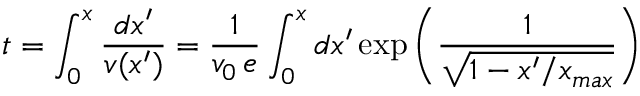
t = \int _ { 0 } ^ { x } { \frac { d x ^ { \prime } } { v ( x ^ { \prime } ) } } = { \frac { 1 } { v _ { 0 } \, e } } \int _ { 0 } ^ { x } d x ^ { \prime } \exp \left( { \frac { 1 } { \sqrt { 1 - x ^ { \prime } / x _ { m a x } } } } \right)